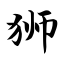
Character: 狮